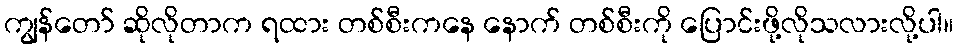
ကျွန်တော် ဆိုလိုတာက ရထား တစ်စီးကနေ နောက် တစ်စီးကို ပြောင်းဖို့လိုသလားလို့ပါ။